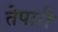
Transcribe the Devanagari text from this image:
तेपारी